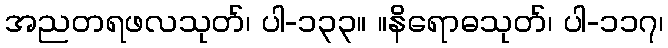
အညတရဖလသုတ်၊ ပါ-၁၃၃။ ။နိရောဓသုတ်၊ ပါ-၁၁၇၊